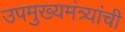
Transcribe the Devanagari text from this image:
उपमुख्यमंत्र्यांची